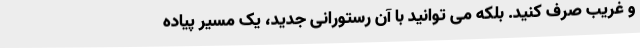
و غریب صرف کنید. بلکه می توانید با آن رستورانی جدید، یک مسیر پیاده